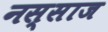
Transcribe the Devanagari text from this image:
नस्साज